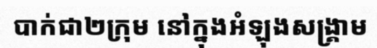
បាក់ជា២ក្រុម នៅក្នុងអំឡុងសង្គ្រាម